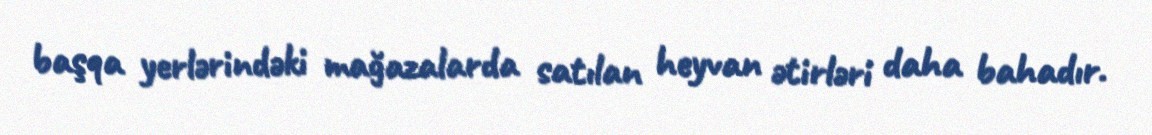
başqa yerlərindəki mağazalarda satılan heyvan ətirləri daha bahadır.